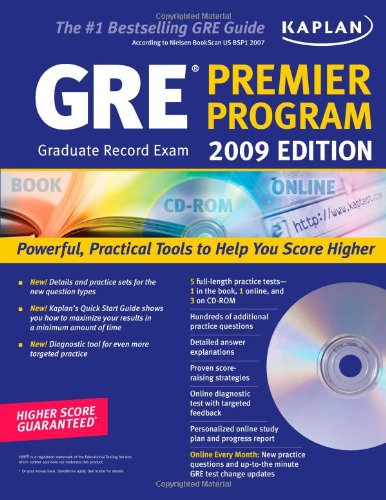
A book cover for Kaplan GRE Exam 2009 Premier Program (w/ CD-ROM) (Kaplan GRE Premier Program (W/CD)); Kaplan; Test Preparation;